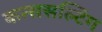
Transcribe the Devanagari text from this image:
कन्ससल्टिंग